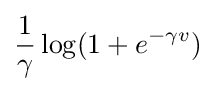
{\frac {1}{\gamma }}\log(1+e^{-\gamma v})